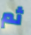
ثم